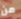
من